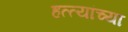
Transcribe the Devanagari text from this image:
हत्त्यांच्या